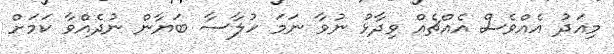
މިއަދު އެއްވެސް އެއްޗެއް ވިދާޅު ނުވާ ނަމަ ހުލާސާ ބަޔާން ނުދެއްވާ ކަމަށް